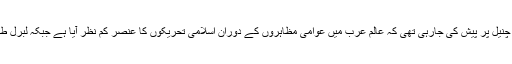
گذشتہ برس واشنگٹن میں موجود فلسطینیوں کے ایک تھنک ٹینک کی جانب سے ایک رپورٹ امریکی چنیل پر پیش کی جارہی تھی کہ عالم عرب میں عوامی مظاہروں کے دوران اسلامی تحریکوں کا عنصر کم نظر آیا ہے جبکہ لبرل طبقے کی جانب سے عوامی قیادت کے لئے بھر پور کردار ادا مقصد ہونا ہے یہ سب کے علم میں ہے ۔